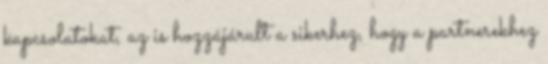
kapcsolatokat, az is hozzájárult a sikerhez, hogy a partnerekhez